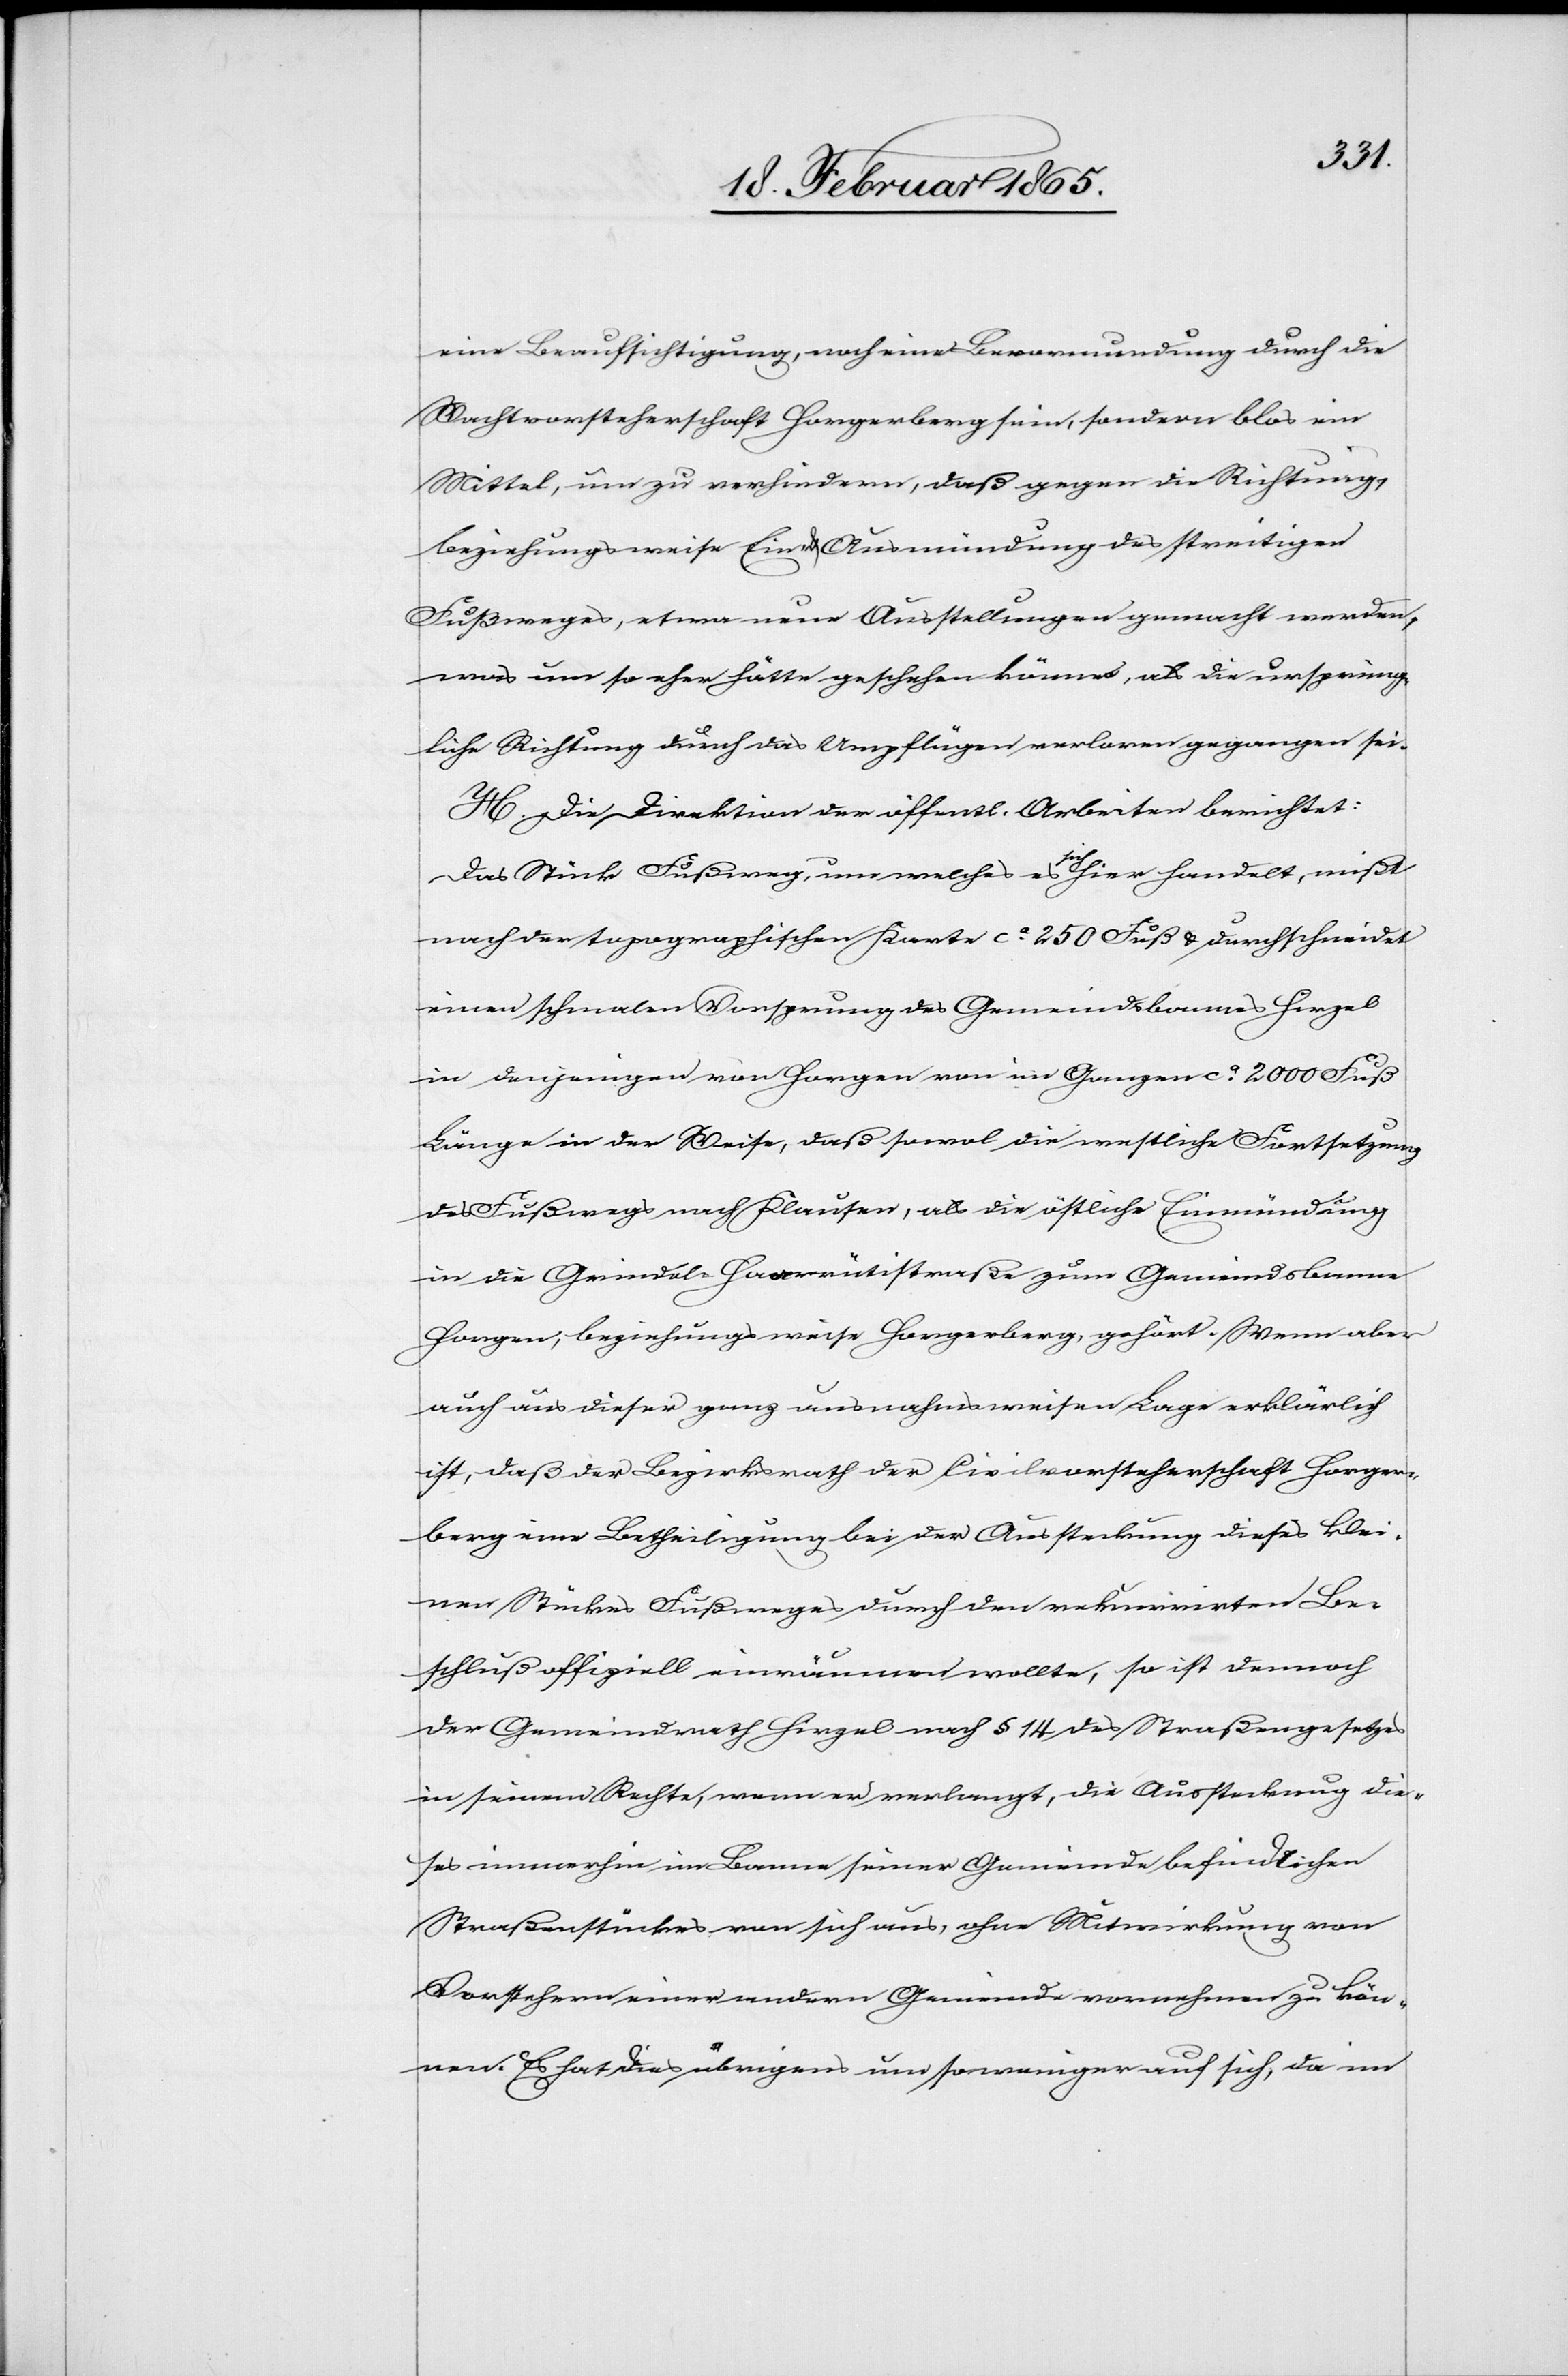
eine Beaufsichtigung, noch eine Bevormundung durch die
Wachtvorsteherschaft Horgerberg sein, sondern blos ein
Mittel, um zu verhindern, daß gegen die Richtung,
beziehungsweise Ein- u. Ausmündung des streitigen
Fußweges, etwa neue Ausstellungen gemacht werden,
was um so eher hätte geschehen können, als die ursprüng¬
liche Richtung durch das Umpflügen verloren gegangen sei.
H. Die Direktion der öffentl. Arbeiten berichtet:
Das Stück Fußweg, um welches es sich hier handelt, mißt
nach der topographischen Karte ca 250 Fuß u. durchschneidet
einen schmalen Vorsprung des Gemeindebannes Hirzel
in denjenigen von Horgen von im Ganzen ca 2000 Fuß
Länge in der Weise, daß sowol die westliche Fortsetzung
des Fußwegs nach Klausen, als die östliche Einmündung
in die Grindel-[?Haarrütistraße] zum Gemeindsbanne
Horgen, beziehungsweise Horgerberg, gehört. Wenn aber
auch aus dieser ganz ausnahmsweisen Lage erklärlich
ist, daß der Bezirksrath der Civilvorsteherschaft Horger¬
berg eine Betheiligung bei der Aussteckung dieses klei¬
nen Stückes Fußweges durch den rekurrirten Be¬
schluß offiziell einräumen wollte, so ist dennoch
der Gemeindrath Hirzel nach § 14 des Straßengesetzes
in seinem Rechte, wenn er verlangt, die Aussteckung die¬
ses immerhin im Banne seiner Gemeinde befindlichen
Straßenstückes von sich aus, ohne Mitwirkung von
Vorstehern einer andern Gemeinde vornehmen zu kön¬
nen. Es hat dies übrigens um so weniger auf sich, da im